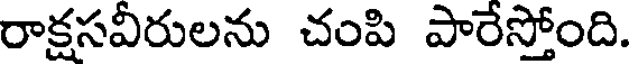
రాక్షసవీరులను చంపి పారేస్తోంది.